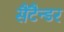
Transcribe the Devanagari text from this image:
सैंटैन्डर